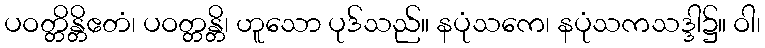
ပဝတ္တိန္တိဧတံ၊ ပဝတ္တန္တိ၊ ဟူသော ပုဒ်သည်။ နပုံသကေ၊ နပုံသကသဒ္ဒါ၌။ ဝါ၊